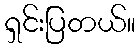
ရှင်းပြတယ်။